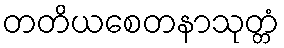
တတိယစေတနာသုတ္တံ